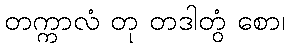
တက္ကာလံ တု တဒါတွံ စော၊